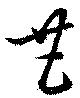
甚